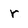
Character: r